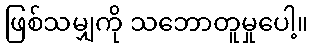
ဖြစ်သမျှကို သဘောတူမှုပေါ့။